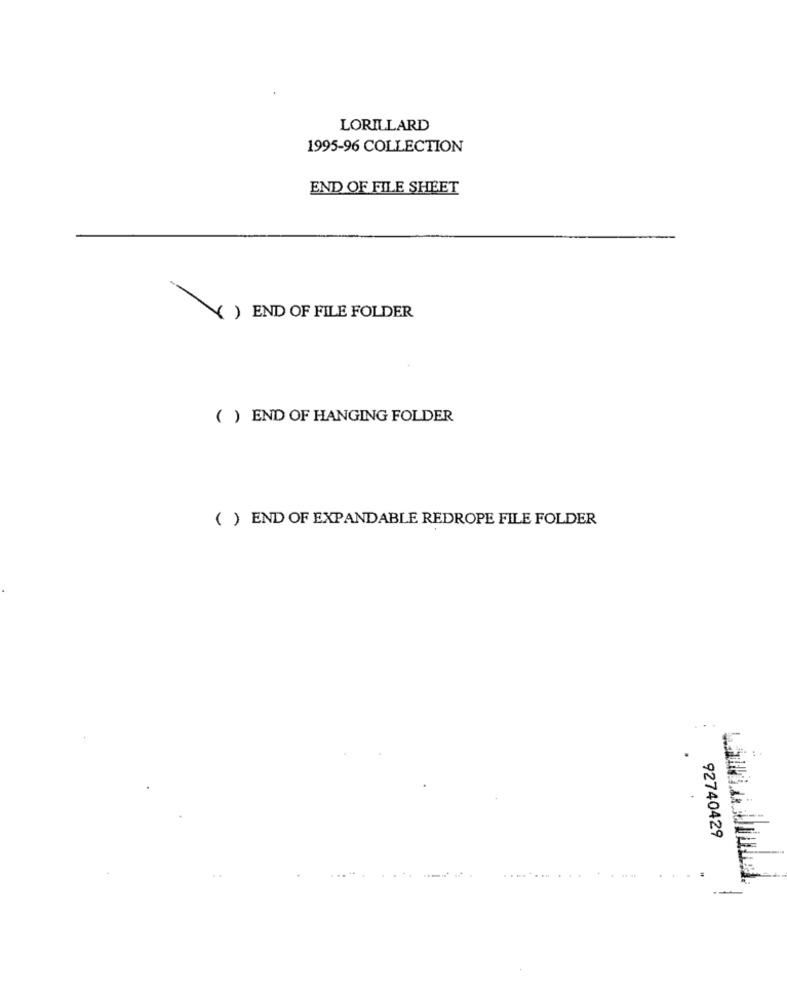
LORILLARD
1995-96 COLLECTION
END OF FILE SHEET
( ) END OF FILE FOLDER
( ) END OF HANGING FOLDER
( ) END OF EXPANDABLE REDROPE FILE FOLDER
92740429
.....